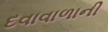
દવાવાળાની